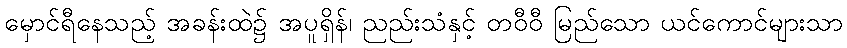
မှောင်ရီနေသည့် အခန်းထဲ၌ အပူရှိန်၊ ညည်းသံနှင့် တဝီဝီ မြည်သော ယင်ကောင်များသာ